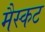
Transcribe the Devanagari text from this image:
मैस्कट